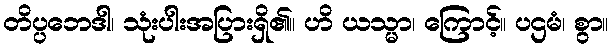
တိပ္ပဘေဒါ၊ သုံးပါးအပြားရှိ၏။ ဟိ ယသ္မာ၊ ကြောင့်။ ပဌမံ၊ စွာ။